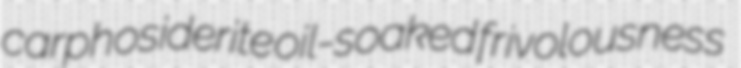
carphosiderite oil-soaked frivolousness